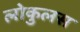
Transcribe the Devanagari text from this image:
लोकुलस